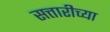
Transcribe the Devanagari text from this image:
सत्तारीच्या